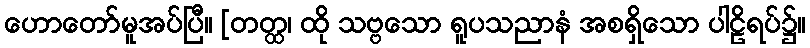
ဟောတော်မူအပ်ပြီ။ [တတ္ထ၊ ထို သဗ္ဗသော ရူပသညာနံ အစရှိသော ပါဠိရပ်၌။